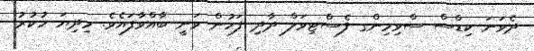
ދެވަނަ ކިޑްސް ސްވިމިންގ ފެސްޓިވަލް ދާދި ފަހުން ވަނީ ބާއްވާފައެވެ. މިދިޔަ ހުކުރު